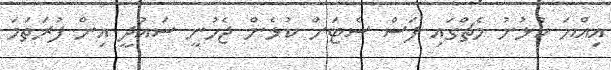
އިއްޔަ ކުޅުނު މެޗްގައި ފަސް ސެޓަށް ކުޅެން ޖެހުނީ ސައުދީ އިން ފުރަތަމަ